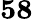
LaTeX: \mathbf{58}